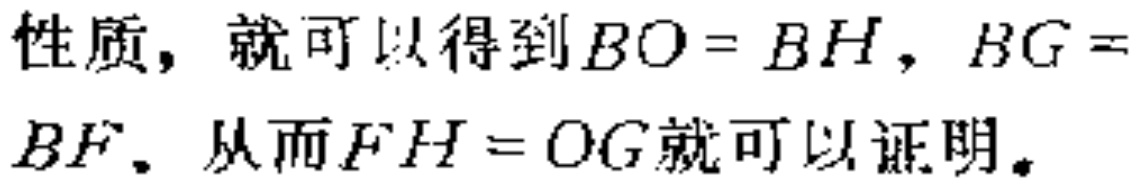
性质，就可以得到\(BO = BH\)，\(BG = BF\)。从而\(FH = OG\)就可以证明。